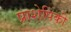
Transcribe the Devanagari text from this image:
प्राशेपिकी